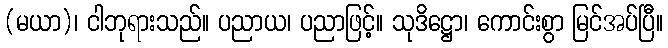
(မယာ)၊ ငါဘုရားသည်။ ပညာယ၊ ပညာဖြင့်။ သုဒိဋ္ဌော၊ ကောင်းစွာ မြင်အပ်ပြီ။